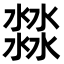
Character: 㵘